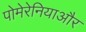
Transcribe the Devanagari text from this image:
पोमेरेनियाऔर